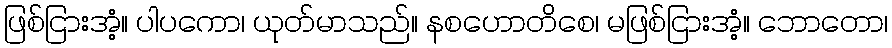
ဖြစ်ငြားအံ့။ ပါပကော၊ ယုတ်မာသည်။ နစဟောတိစေ၊ မဖြစ်ငြားအံ့။ ဘောတော၊